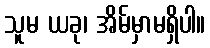
သူမ ယခု၊ အိမ်မှာမရှိပါ။